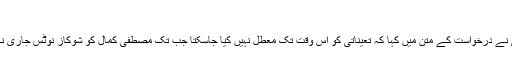
‘
اقبال کاظمی نے درخواست کے متن میں کہا کہ تعیناتی کو اس وقت تک معطل نہیں کیا جاسکتا جب تک مصطفیٰ کمال کو شوکاز نوٹس جاری نہیں کیا جاتا۔